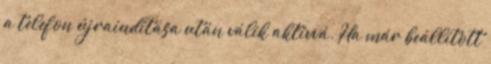
a telefon újraindítása után válik aktívvá. Ha már beállított